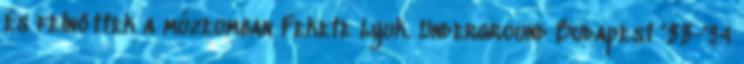
és felnőttek a múzeumban Fekete Lyuk. Underground Budapest '88-'94